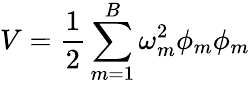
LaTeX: V=\frac{1}{2}\sum_{m=1}^{B}\omega_{m}^{2}\phi_{m}\phi_{m}